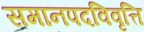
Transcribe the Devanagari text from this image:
समानपदविवृत्ति